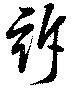
訴